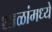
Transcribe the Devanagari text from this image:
शाळांमध्‍ये